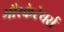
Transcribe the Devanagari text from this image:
मौस्केटेयर्स